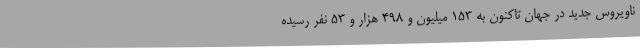
ناویروس جدید در جهان تاکنون به ۱۵۳ میلیون و ۴۹۸ هزار و ۵۳ نفر رسیده